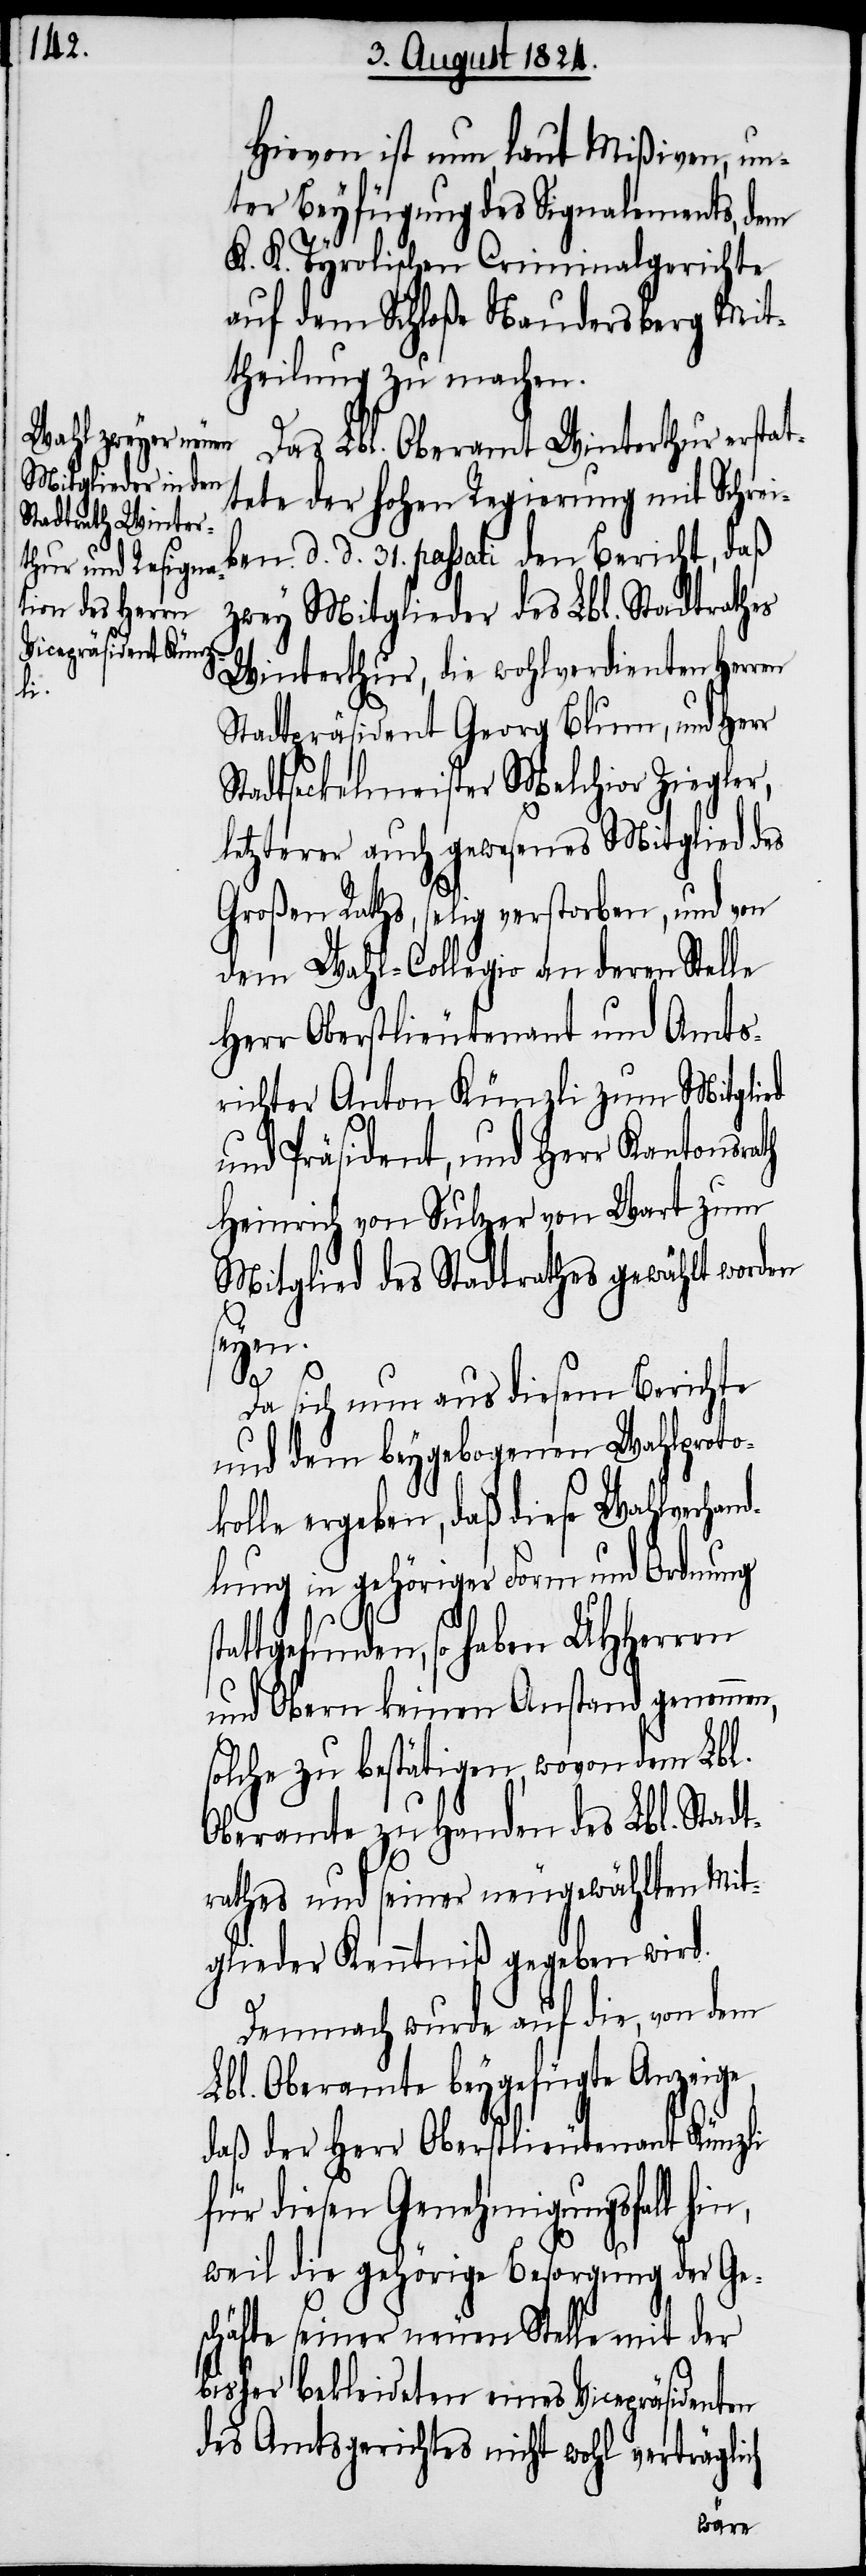
Hiervon ist nun, laut Mißiven, un¬
ter Beyfügung des Signalements, dem
K. K. Tyrolischen Criminalgerichte
auf dem Schloße Naudersberg Mit¬
theilung zu machen.
Das Lbl. Oberamt Winterthur erstat¬
tete der hohen Regierung mit Schrei¬
ben d. d. 31. passati den Bericht, daß
zwey Mitglieder des Lbl. Stadtrathes
Winterthur, die wohlverdienten Herren
Stadtpräsident Georg Blum, und Herr
Stadtseckelmeister Melchior Ziegler,
letzterer auch gewesenes Mitglied des
Großen Raths, selig verstorben, und von
dem Wahl-Collegio an deren Stelle
Herr Oberstlieutenant und Amts¬
richter Anton Künzli zum Mitglied
und Präsident, und Herr Kantonsrath
Heinrich von Sulzer von Wart zum
Mitglied des Stadtrathes gewählt worden
seyen.
Da sich nun aus diesem Berichte
mit dem beygebogenen Wahlproto¬
kolle ergeben, daß diese Wahlverhan¬
dlung in gehöriger Form und Ordnung
gefunden, so haben UHHerren
und Obern keinen Anstand genommen,
solche zu bestätigen, wovon dem Lbl.
Oberamte zu Handen des Lbl. Stadt¬
rathes und seiner neugewählten Mit¬
glieder Kenntniß gegeben wird.
Demnach wurde auf die, von dem
Lbl. Oberamte beygefügte Anzeige,
daß der Herr Oberstlieutenant Künzli
für diesen Genehmigungsfall hi¬
weil die gehörige Besorgung der Ge¬
schäfte seiner neuen Stelle mit der
ch
bisher bekleideten eines Vicepräsidenten
des Amtsgerichtes nicht wohl verträgli¬